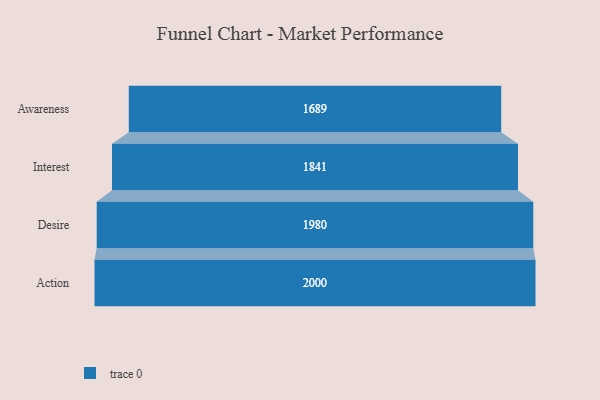
{"axis": {"x": "Stage", "y": "Value"}, "legend": [""], "data": [{"x": "Awareness", "y": 1689.0, "type": ""}, {"x": "Interest", "y": 1841.0, "type": ""}, {"x": "Desire", "y": 1980.0, "type": ""}, {"x": "Action", "y": 2000, "type": ""}]}